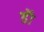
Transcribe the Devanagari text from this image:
डॅा